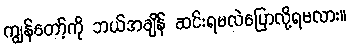
ကျွန်တော့်ကို ဘယ်အချိန် ဆင်းရမလဲပြောလို့ရမလား။